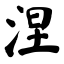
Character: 涅